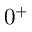
0 ^ { + }